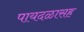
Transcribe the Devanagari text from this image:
पायदळासह